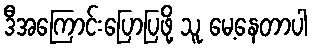
ဒီအကြောင်းပြောပြဖို့ သူ မေ့နေတာပါ